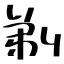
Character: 剃